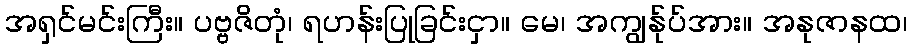
အရှင်မင်းကြီး။ ပဗ္ဗဇိတုံ၊ ရဟန်းပြုခြင်းငှာ။ မေ၊ အကျွန်ုပ်အား။ အနုဇာနထ၊